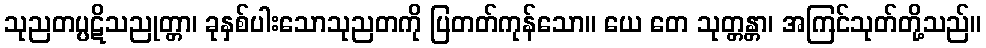
သုညတပ္ပဋိသညုတ္တာ၊ ခုနှစ်ပါးသောသုညတကို ပြတတ်ကုန်သော။ ယေ တေ သုတ္တန္တာ၊ အကြင်သုတ်တို့သည်။